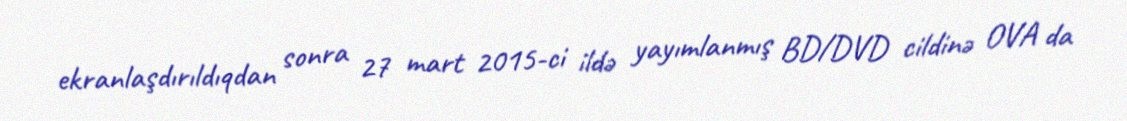
ekranlaşdırıldıqdan sonra 27 mart 2015-ci ildə yayımlanmış BD/DVD cildinə OVA da